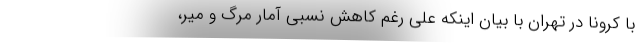
با کرونا در تهران با بیان اینکه علی رغم کاهش نسبی آمار مرگ و میر،